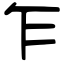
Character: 乍